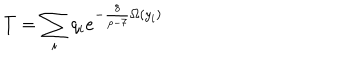
T = \sum _ { i } q _ { i } e ^ { - \frac { 8 } { p - 7 } \Omega ( y _ { i } ) }